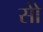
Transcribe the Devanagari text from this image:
सोे